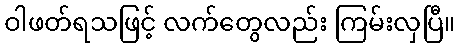
ဝါဖတ်ရသဖြင့် လက်တွေလည်း ကြမ်းလှပြီ။